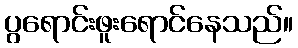
ပွရောင်းဖူးရောင်နေသည်။